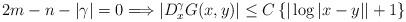
LaTeX: \begin{align*}2m-n-|\gamma|=0\Longrightarrow |D_x^{\gamma}G(x,y)| \le C \left\{|\log|x-y||+1\right\}\end{align*}